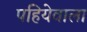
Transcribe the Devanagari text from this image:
पहियेवाला